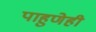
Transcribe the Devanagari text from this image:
पाहुणेही